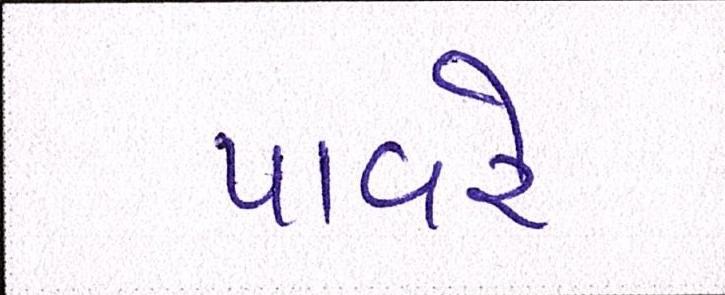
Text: પાવરે